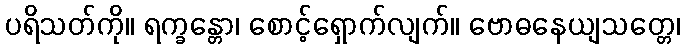
ပရိသတ်ကို။ ရက္ခန္တော၊ စောင့်ရှောက်လျက်။ ဗောဓနေယျသတ္တေ၊